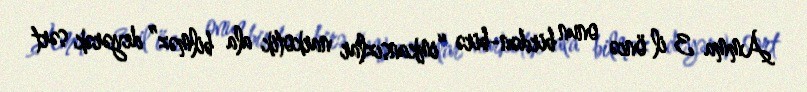
Amma 3 il öncə onun birdən-birə “imkansızlar narkotik ala bilməz” deyərək sərt